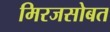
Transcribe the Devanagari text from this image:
मिरजसोबत